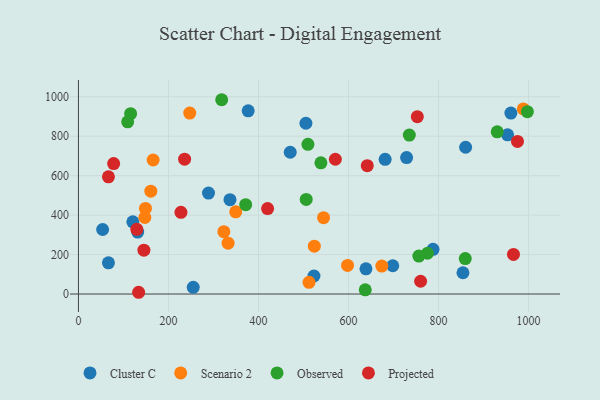
{"axis": {"x": "Distance", "y": "Exam Score"}, "legend": ["Cluster C", "Observed", "Projected", "Scenario 2"], "data": [{"x": "729.0", "y": 691.8, "type": "Cluster C"}, {"x": "953.3", "y": 807.0, "type": "Cluster C"}, {"x": "638.7", "y": 127.8, "type": "Cluster C"}, {"x": "53.7", "y": 327.3, "type": "Cluster C"}, {"x": "854.2", "y": 107.9, "type": "Cluster C"}, {"x": "120.8", "y": 366.1, "type": "Cluster C"}, {"x": "377.1", "y": 928.8, "type": "Cluster C"}, {"x": "470.5", "y": 718.8, "type": "Cluster C"}, {"x": "523.2", "y": 91.4, "type": "Cluster C"}, {"x": "336.6", "y": 478.6, "type": "Cluster C"}, {"x": "787.7", "y": 226.7, "type": "Cluster C"}, {"x": "288.9", "y": 512.1, "type": "Cluster C"}, {"x": "860.1", "y": 744.3, "type": "Cluster C"}, {"x": "960.7", "y": 917.5, "type": "Cluster C"}, {"x": "698.3", "y": 143.4, "type": "Cluster C"}, {"x": "681.3", "y": 683.0, "type": "Cluster C"}, {"x": "505.3", "y": 865.9, "type": "Cluster C"}, {"x": "255.0", "y": 33.8, "type": "Cluster C"}, {"x": "131.6", "y": 314.2, "type": "Cluster C"}, {"x": "66.6", "y": 158.1, "type": "Cluster C"}, {"x": "673.9", "y": 141.5, "type": "Scenario 2"}, {"x": "988.3", "y": 938.6, "type": "Scenario 2"}, {"x": "247.2", "y": 917.7, "type": "Scenario 2"}, {"x": "323.0", "y": 316.3, "type": "Scenario 2"}, {"x": "165.9", "y": 679.7, "type": "Scenario 2"}, {"x": "332.4", "y": 258.1, "type": "Scenario 2"}, {"x": "147.5", "y": 388.0, "type": "Scenario 2"}, {"x": "544.5", "y": 387.4, "type": "Scenario 2"}, {"x": "597.8", "y": 145.2, "type": "Scenario 2"}, {"x": "512.2", "y": 59.2, "type": "Scenario 2"}, {"x": "524.0", "y": 242.5, "type": "Scenario 2"}, {"x": "148.9", "y": 434.1, "type": "Scenario 2"}, {"x": "349.4", "y": 416.8, "type": "Scenario 2"}, {"x": "160.8", "y": 521.4, "type": "Scenario 2"}, {"x": "997.3", "y": 924.5, "type": "Observed"}, {"x": "318.2", "y": 985.2, "type": "Observed"}, {"x": "109.4", "y": 873.3, "type": "Observed"}, {"x": "930.3", "y": 822.5, "type": "Observed"}, {"x": "115.9", "y": 914.7, "type": "Observed"}, {"x": "371.5", "y": 453.3, "type": "Observed"}, {"x": "509.8", "y": 759.2, "type": "Observed"}, {"x": "859.3", "y": 179.7, "type": "Observed"}, {"x": "735.0", "y": 805.8, "type": "Observed"}, {"x": "775.4", "y": 206.7, "type": "Observed"}, {"x": "506.0", "y": 479.6, "type": "Observed"}, {"x": "637.1", "y": 21.3, "type": "Observed"}, {"x": "538.6", "y": 665.1, "type": "Observed"}, {"x": "756.2", "y": 192.4, "type": "Observed"}, {"x": "570.7", "y": 683.3, "type": "Projected"}, {"x": "641.6", "y": 650.6, "type": "Projected"}, {"x": "133.7", "y": 8.9, "type": "Projected"}, {"x": "145.4", "y": 222.3, "type": "Projected"}, {"x": "760.1", "y": 64.7, "type": "Projected"}, {"x": "227.7", "y": 414.1, "type": "Projected"}, {"x": "975.3", "y": 773.8, "type": "Projected"}, {"x": "966.4", "y": 200.9, "type": "Projected"}, {"x": "420.2", "y": 433.5, "type": "Projected"}, {"x": "752.8", "y": 899.4, "type": "Projected"}, {"x": "66.6", "y": 594.5, "type": "Projected"}, {"x": "129.7", "y": 328.0, "type": "Projected"}, {"x": "235.8", "y": 683.8, "type": "Projected"}, {"x": "78.2", "y": 661.3, "type": "Projected"}]}